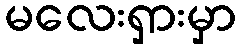
မလေးရှားမှာ